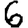
Digit: 6